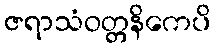
ဇရာသံဝတ္တနိကေပိ